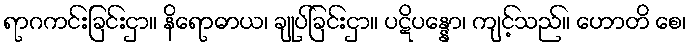
ရာဂကင်းခြင်းငှာ။ နိရောဓာယ၊ ချုပ်ခြင်းငှာ။ ပဋိပန္နော၊ ကျင့်သည်။ ဟောတိ စေ၊